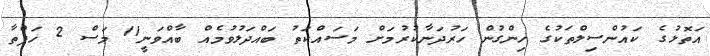
އަތޮޅުގެ ކައުންސިލްތަކުގެ ހިންގުން ހަރުދަނާކުރުމަށް މަސައްކަތު ބައްދަލުވުމެއް ބާއްވަނީ11 މަސް 2 ހަފްތާ